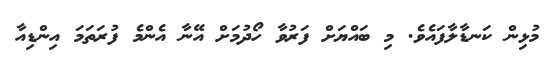
މުޅިން ކަނޑާލާފައެެވެ. މި ބައްޔަށް ފަރުވާ ހޯދުމަށް އޭނާ އެންމެެ ފުރަތަމަ އިންޑިއާ